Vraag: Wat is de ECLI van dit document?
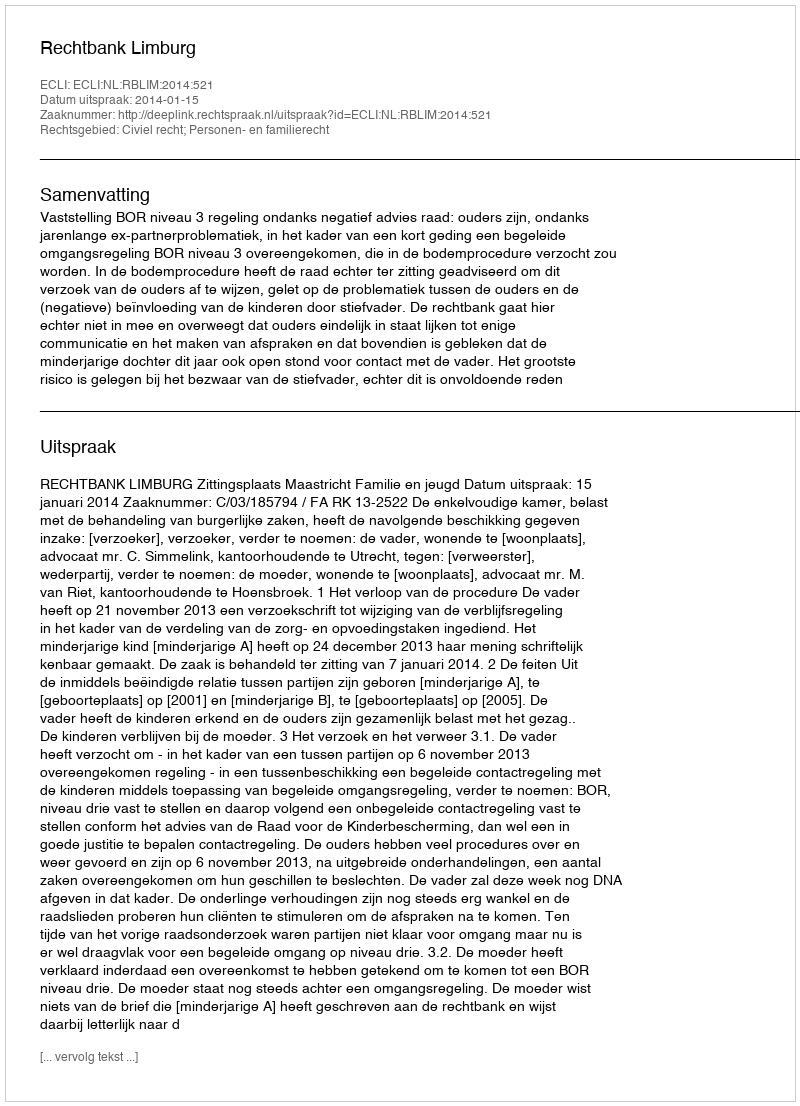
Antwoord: ECLI:NL:RBLIM:2014:521